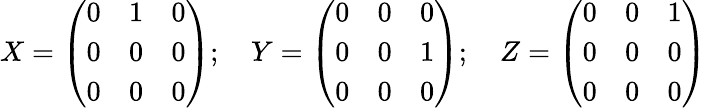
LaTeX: X={\left(\begin{array}{lll}{0}&{1}&{0}\\ {0}&{0}&{0}\\ {0}&{0}&{0}\end{array}\right)};\quad Y={\left(\begin{array}{lll}{0}&{0}&{0}\\ {0}&{0}&{1}\\ {0}&{0}&{0}\end{array}\right)};\quad Z={\left(\begin{array}{lll}{0}&{0}&{1}\\ {0}&{0}&{0}\\ {0}&{0}&{0}\end{array}\right)}